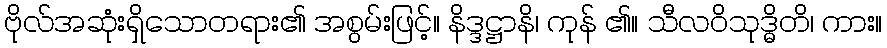
ဗိုလ်အဆုံးရှိသောတရား၏ အစွမ်းဖြင့်။ နိဒ္ဒဋ္ဌာနိ၊ ကုန် ၏။ သီလဝိသုဒ္ဓိတိ၊ ကား။